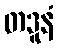
တဒူနံ